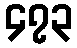
၄၇၃